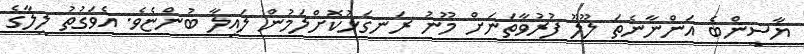
ޔާސީންބެ އަންނާނެތަ ލޫލޫ ފުރުވާތަނަށް މޫނު ރަނގަޅުކޮށްލަމުން ލައިލާ ބުންޏެވެ. އެވަގުތު ލީލާގެ